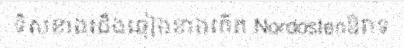
ទិសខាងជើងឆៀងខាងកើត Nordostenឱវាទ